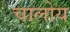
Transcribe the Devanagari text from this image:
चालोय